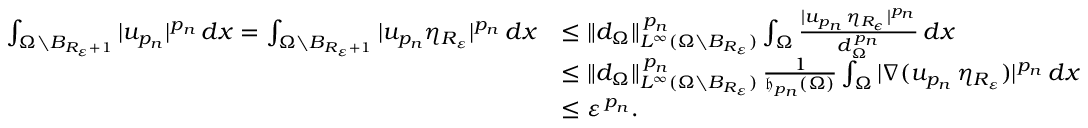
\begin{array} { r l } { \int _ { \Omega \setminus B _ { R _ { \varepsilon } + 1 } } | u _ { { p _ { n } } } | ^ { p _ { n } } \, d x = \int _ { \Omega \setminus B _ { R _ { \varepsilon } + 1 } } | u _ { p _ { n } } \eta _ { R _ { \varepsilon } } | ^ { p _ { n } } \, d x } & { \le \| d _ { \Omega } \| _ { L ^ { \infty } ( \Omega \setminus B _ { R _ { \varepsilon } } ) } ^ { \, p _ { n } } \int _ { \Omega } \frac { | u _ { p _ { n } } \, \eta _ { R _ { \epsilon } } | ^ { p _ { n } } } { d _ { \Omega } ^ { \, p _ { n } } } \, d x } \\ & { \le \| d _ { \Omega } \| _ { L ^ { \infty } ( \Omega \setminus B _ { R _ { \varepsilon } } ) } ^ { \, p _ { n } } \, \frac { 1 } { \mathfrak { h } _ { p _ { n } } ( \Omega ) } \int _ { \Omega } | \nabla ( u _ { p _ { n } } \, \eta _ { R _ { \varepsilon } } ) | ^ { p _ { n } } \, d x } \\ & { \le \varepsilon ^ { \, p _ { n } } . } \end{array}